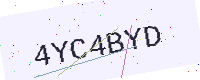
Text: 4YC4BYD